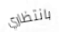
بانتظاري